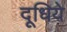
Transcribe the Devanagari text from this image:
दूधिये